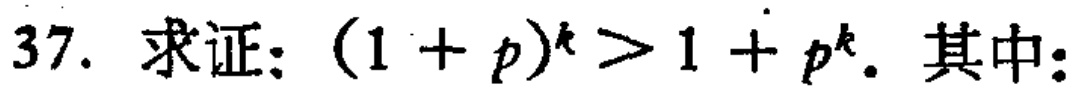
37. 求证：\((1 + p)^k>1 + p^k\). 其中：